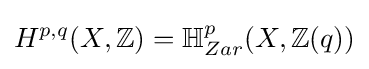
H^{p,q}(X,\mathbb {Z} )=\mathbb {H} _{Zar}^{p}(X,\mathbb {Z} (q))